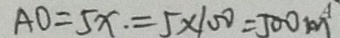
A O = 5 x . = 5 \times 1 0 0 = 5 0 0 m ^ { A }